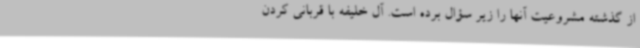
از گذشته مشروعیت آنها را زیر سؤال برده است. آل خلیفه با قربانی کردن